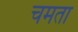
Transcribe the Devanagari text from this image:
चमता